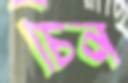
চিন